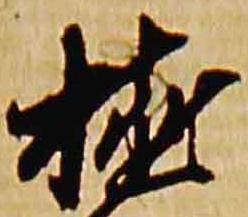
植